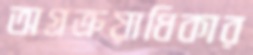
অগ্রক্রয়াধিকার